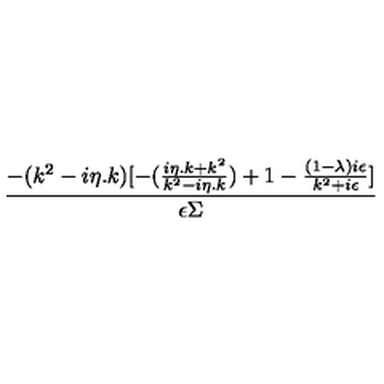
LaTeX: \frac { - ( k ^ { 2 } - i \eta . k ) [ - ( \frac { i \eta . k + k ^ { 2 } } { k ^ { 2 } - i \eta . k } ) + 1 - \frac { ( 1 - \lambda ) i \epsilon } { k ^ { 2 } + i \epsilon } ] } { \epsilon \Sigma }